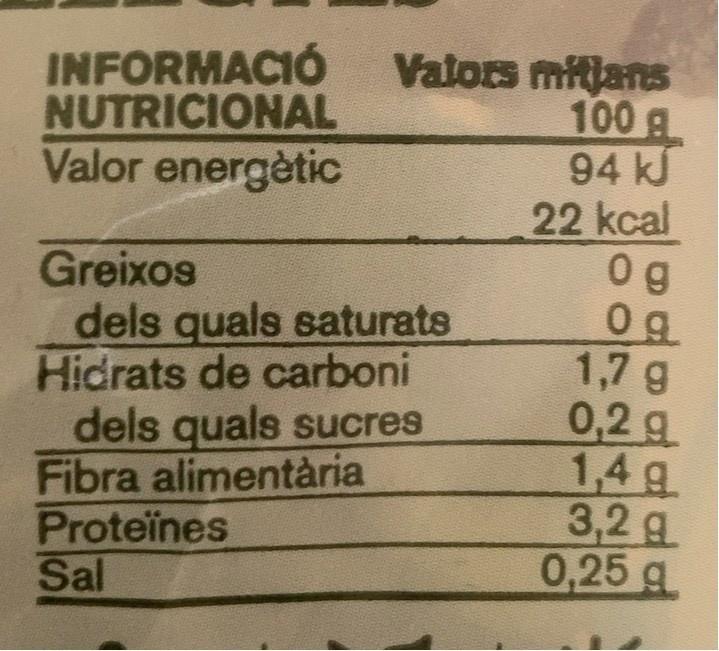
INFORMACIÓ NUTRICIONAL Valor energètic
Greixos dels quals saturats Hidrats de carboni dels quals sucres Fibra alimentària Proteïnes Sal
Valors mitjans 100 g 94 k 22 kcal 0 g 0g 1,7 g 0,2 g 1,4 g 3,2g 0,25 g